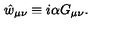
\hat { w } _ { \mu \nu } \equiv i \alpha G _ { \mu \nu } .